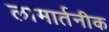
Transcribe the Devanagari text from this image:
लामार्तनीक